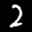
Label: 2